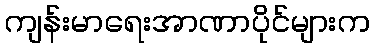
ကျန်းမာရေးအာဏာပိုင်များက